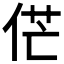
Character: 𠉋